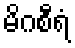
မိဂစီရံ